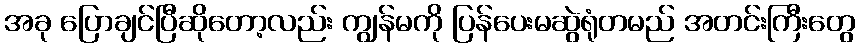
အခု ပြောချင်ပြီဆိုတော့လည်း ကျွန်မကို ပြန်ပေးမဆွဲရုံတမည် အတင်းကြီးတွေ